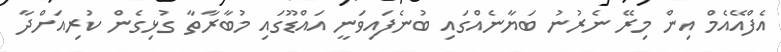
އެފްއޭއެމް އިން މިރޭ ނެރުނު ބަޔާނެއްގައި ބުނެފައިވަނީ އައްޑޫގައި މުބާރާތާ ގުޅިގެން ކުރިއަށްދާ